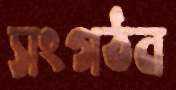
সংগঠন